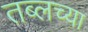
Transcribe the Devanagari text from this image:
तब्लच्या